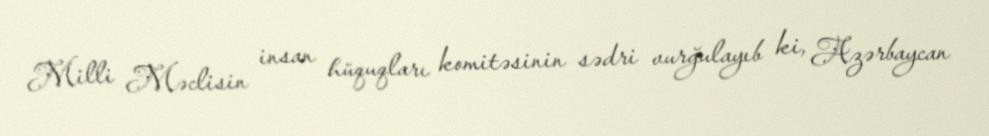
Milli Məclisin insan hüquqları komitəsinin sədri vurğulayıb ki, Azərbaycan